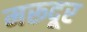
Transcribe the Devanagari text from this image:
मरूदूर